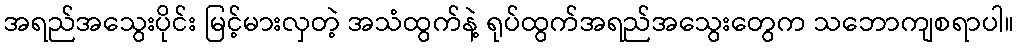
အရည်အသွေးပိုင်း မြင့်မားလှတဲ့ အသံထွက်နဲ့ ရုပ်ထွက်အရည်အသွေးတွေက သဘောကျစရာပါ။